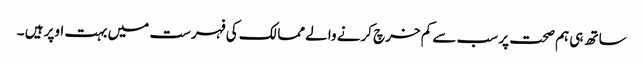
ساتھ ہی ہم صحت پر سب سے کم خرچ کرنے والے ممالک کی فہرست میں بہت اوپر ہیں ۔